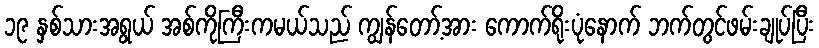
၁၉ နှစ်သားအရွယ် အစ်ကိုကြီးကမယ်သည် ကျွန်တော့်အား ကောက်ရိုးပုံနောက် ဘက်တွင်ဖမ်းချုပ်ပြီး